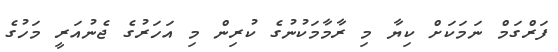
ފަރްގަމް ނަމަކަށް ކިޔާ މި ރާމާމަކުނުގެ ކުރިން މި އަހަރުގެ ޖެނުއަރީ މަހުގެ